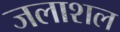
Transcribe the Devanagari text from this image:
जलाशल